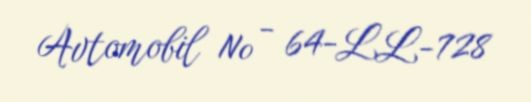
Avtomobil № - 64-LL-728